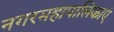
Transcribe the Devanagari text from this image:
नगरमहापालिकाएं